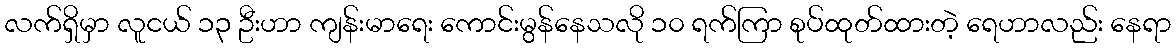
လက်ရှိမှာ လူငယ် ၁၃ ဦးဟာ ကျန်းမာရေး ကောင်းမွန်နေသလို ၁၀ ရက်ကြာ စုပ်ထုတ်ထားတဲ့ ရေဟာလည်း နေရာ